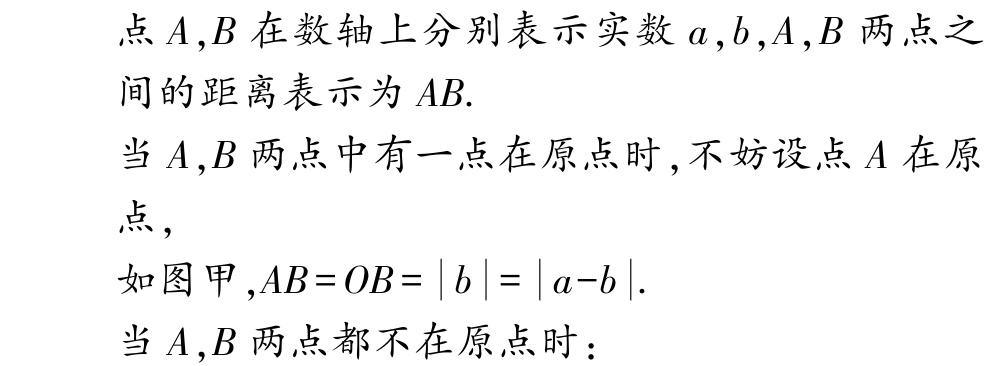
点\(A,B\)在数轴上分别表示实数\(a,b,A,B\)两点之间的距离表示为\(AB\).

当\(A,B\)两点中有一点在原点时,不妨设点\(A\)在原点,

如图甲,\(AB = OB=\vert b\vert=\vert a - b\vert\).

当\(A,B\)两点都不在原点时：